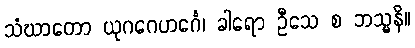
သံဃာတော ယုဂဂေဟင်္ဂေ၊ ခါရော ဦသေ စ ဘသ္မနိ။